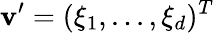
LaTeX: \mathbf v^{\prime}=(\xi_{1},...,\xi_{d})^{T}